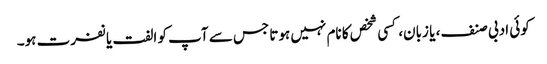
کوئی ادبی صنف، یا زبان، کسی شخص کا نام نہیں ہوتا جس سے آپ کو الفت یا نفرت ہو۔